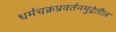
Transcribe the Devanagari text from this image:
धर्मचक्रप्रवर्तनमुद्रेतील